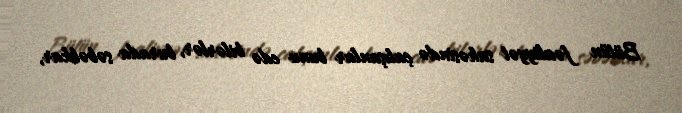
Bütün fəaliyyət sahəsində çalışanlar bunu edə bilərlər, burada səbəbkar,